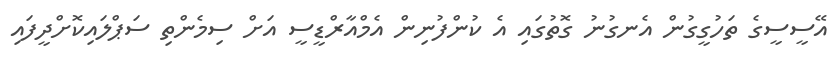
އޭސީސީގެ ތަހުގީގުން އެނގުނު ގޮތުގައި އެ ކުންފުނިން އެމްއާރްޑީސީ އަށް ސިމެންތި ސަޕްލައިކޮށްދީފައި